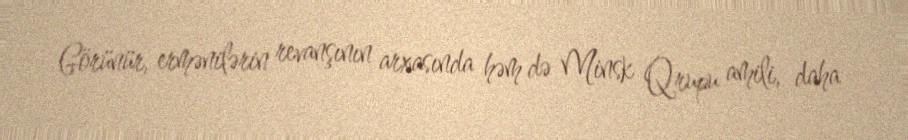
Görünür, ermənilərin revanşının arxasında həm də Minsk Qrupu amili, daha